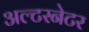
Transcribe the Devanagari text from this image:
अल्‍टरनेटर